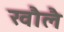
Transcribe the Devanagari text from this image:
खौलै